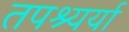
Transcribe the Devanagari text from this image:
तपश्यर्या